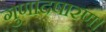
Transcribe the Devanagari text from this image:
गुणादषारण।